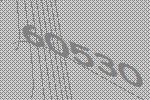
60530